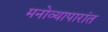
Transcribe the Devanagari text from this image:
मनोव्यापारांत